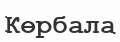
Көрбала